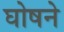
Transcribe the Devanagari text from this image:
घोषने